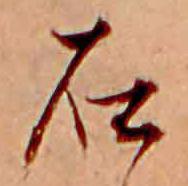
石